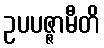
ဥပပဇ္ဇာမီတိ